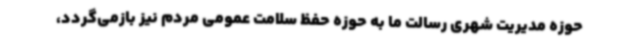
حوزه مدیریت شهری رسالت ما به حوزه حفظ سلامت عمومی مردم نیز بازمی‌گردد،